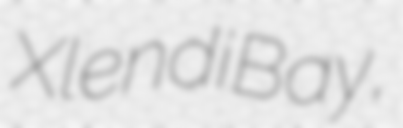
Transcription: Xlendi Bay,